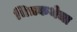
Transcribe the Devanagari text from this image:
चित्रकथेचा